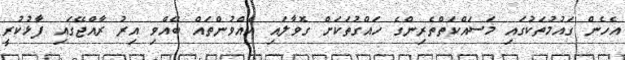
އެހެން ގައުމުތަކުގައި މަސައްކަތްތެރިންގެ ހައްގުތަކަށް ގޮވާލައި އެއްވުންތައް ބޭއްވި އިރު ރާއްޖޭގައި ފާޅުކުރީ